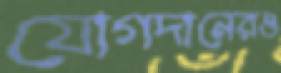
যোগদানেরও